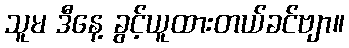
သူမ ဒီနေ့ ခွင့်ယူထားတယ်ခင်ဗျာ။